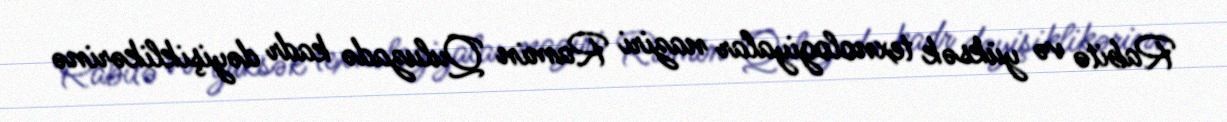
Rabitə və yüksək texnologiyalar naziri Ramin Quluzadə kadr dəyişiklikərinə